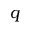
q